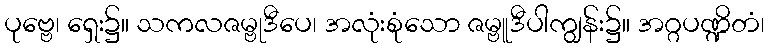
ပုဗ္ဗေ၊ ရှေး၌။ သကလဇမ္ဗုဒီပေ၊ အလုံးစုံသော ဇမ္ဗူဒီပါကျွန်း၌။ အဂ္ဂပဏ္ဍိတံ၊